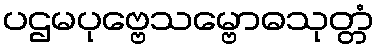
ပဌမပုဗ္ဗေသမ္ဗောဓသုတ္တံ